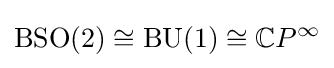
\operatorname {BSO} (2)\cong \operatorname {BU} (1)\cong \mathbb {C} P^{\infty }